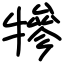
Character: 犙